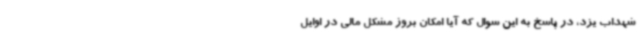
شهداب یزد، در پاسخ به این سوال که آیا امکان بروز مشکل مالی در اوایل